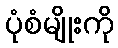
ပုံစံမျိုးကို